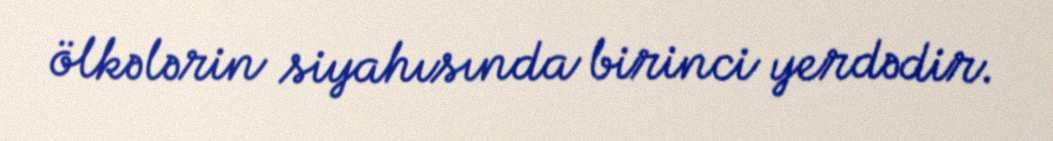
ölkələrin siyahısında birinci yerdədir.